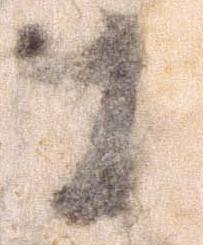
十